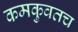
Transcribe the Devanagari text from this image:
कमकुवतच